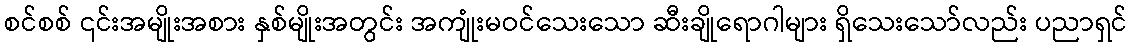
စင်စစ် ၎င်းအမျိုးအစား နှစ်မျိုးအတွင်း အကျုံးမဝင်သေးသော ဆီးချိုရောဂါများ ရှိသေးသော်လည်း ပညာရှင်